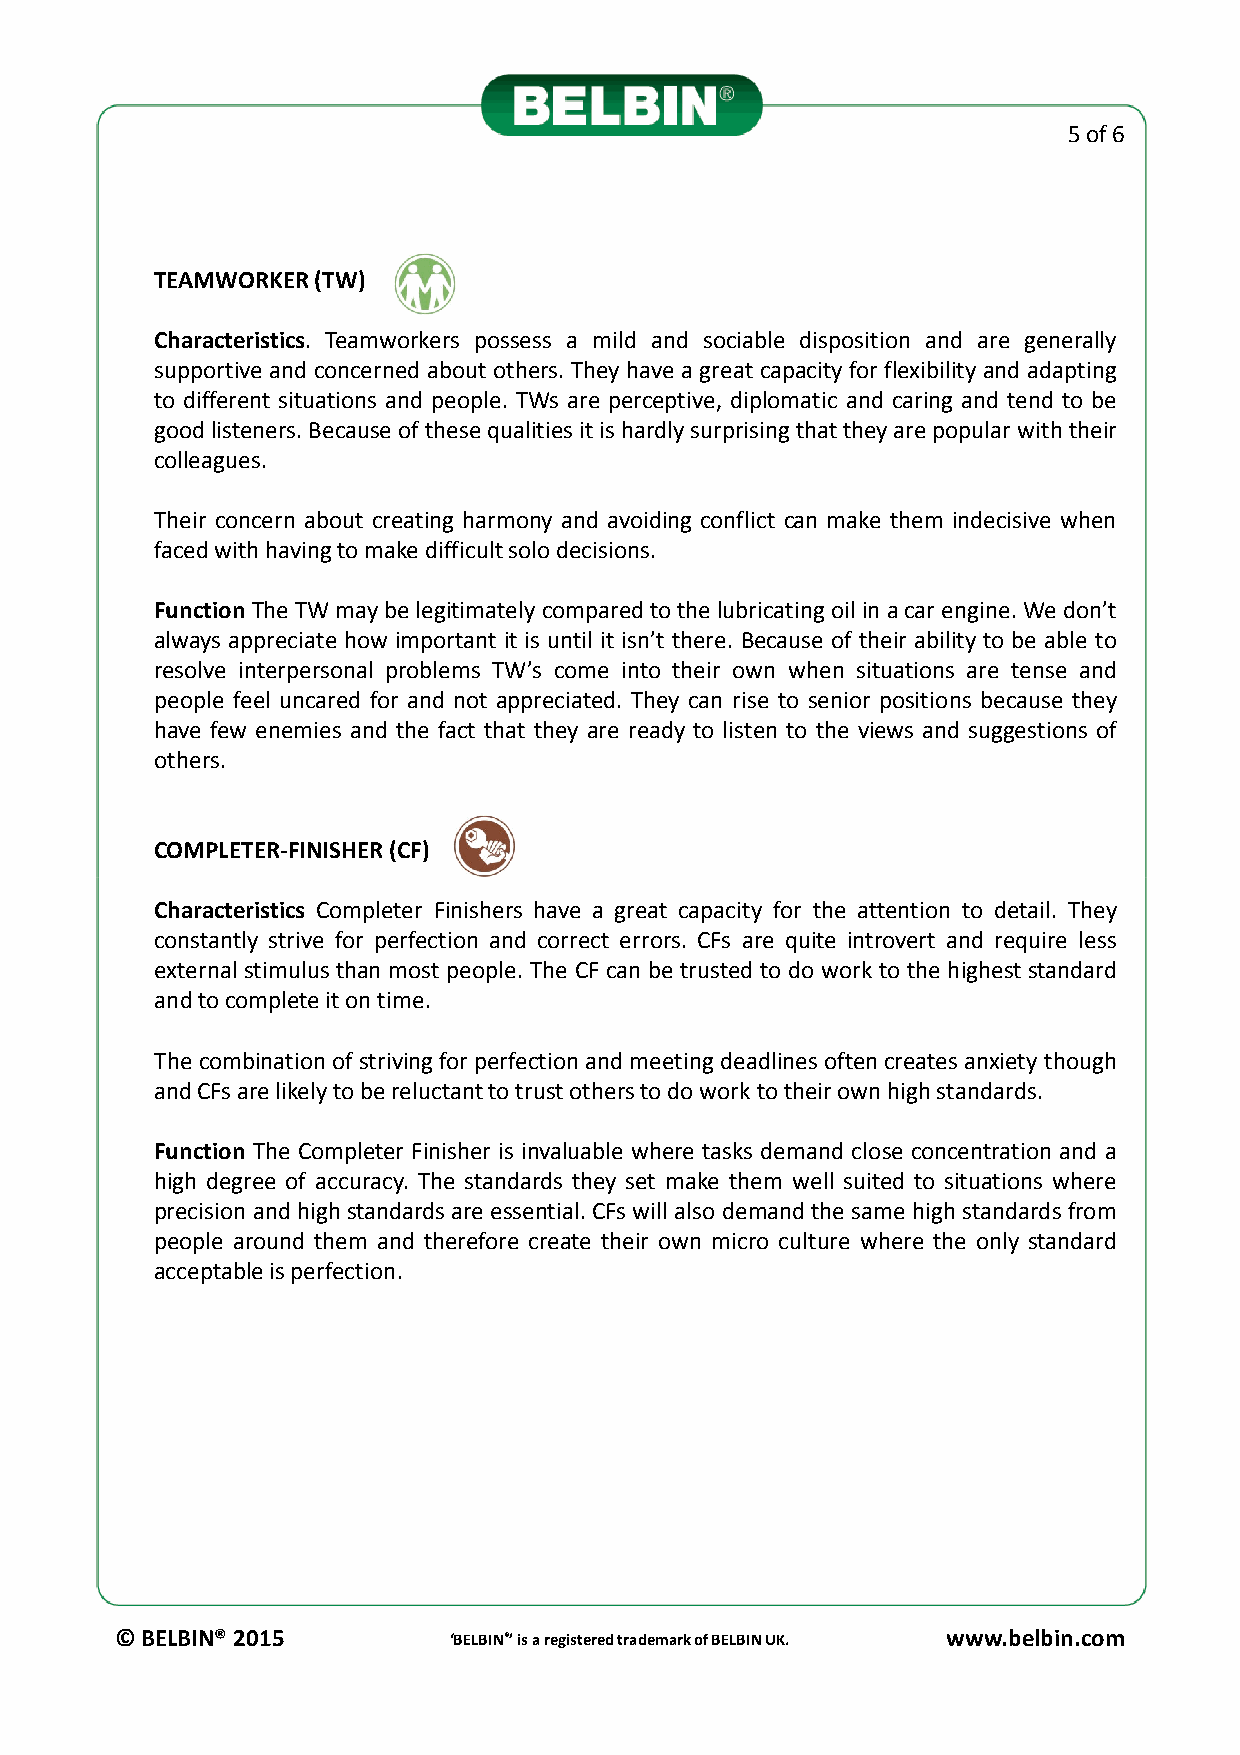
5 of 6
 TEAMWORKER(TW)
 Characteristics. Teamworkers possess a mild and sociable disposition and are generally
 supportive and concerned about others. They have a great capacity for flexibility and adapting
 to different situations and people. TWs are perceptive, diplomatic and caring and tend to be
 goodlisteners.Becauseofthesequalitiesitishardlysurprisingthattheyarepopularwiththeir
 colleagues.
 Their concern about creating harmony and avoiding conflict can make them indecisive when
 facedwithhavingtomakedifficultsolodecisions.
 Function TheTWmaybelegitimatelycomparedto thelubricatingoil inacar engine.Wedon’t
 always appreciate how important it is until it isn’t there. Because of their ability to be able to
 resolve interpersonal problems TW’s come into their own when situations are tense and
 people feel uncared for and not appreciated. They can rise to senior positions because they
 have few enemies and the fact that they are ready to listen to the views and suggestions of
 others.
 COMPLETER-FINISHER(CF)
 Characteristics Completer Finishers have a great capacity for the attention to detail. They
 constantly strive for perfection and correct errors. CFs are quite introvert and require less
 external stimulus than most people. The CF can be trusted to do work to the highest standard
 andtocompleteitontime.
 The combination of strivingforperfection and meetingdeadlinesoften createsanxietythough
 andCFsarelikelytobereluctanttotrustotherstodoworktotheirownhighstandards.
 Function The Completer Finisher is invaluable where tasks demand close concentration and a
 high degree of accuracy. The standards they set make them well suited to situations where
 precision andhigh standardsare essential.CFswill also demandthe same high standardsfrom
 people around them and therefore create their own micro culture where the only standard
 acceptableisperfection.
 © BELBIN® 2015        ‘BELBIN®’ is a registered trademark of BELBIN UK. www.belbin.com